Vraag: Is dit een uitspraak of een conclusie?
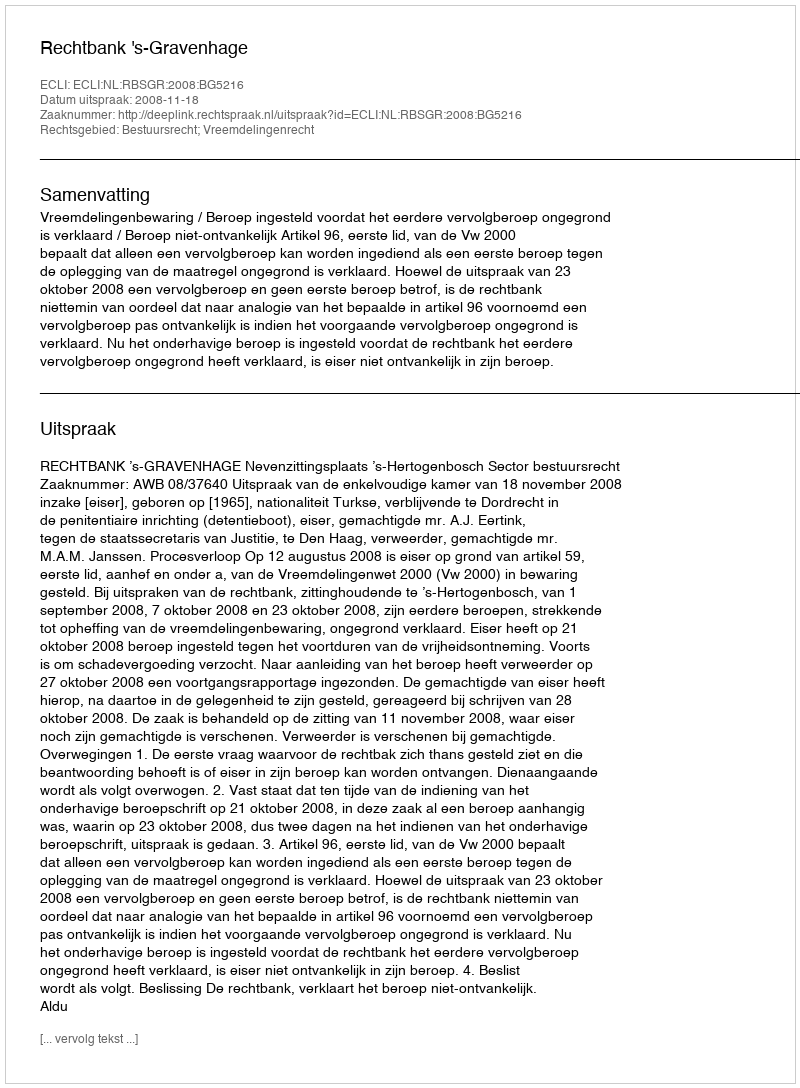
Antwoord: Uitspraak